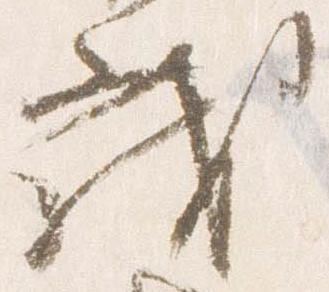
茂